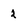
Character: 2